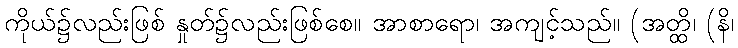
ကိုယ်၌လည်းဖြစ် နှုတ်၌လည်းဖြစ်စေ။ အာစာရော၊ အကျင့်သည်။ (အတ္ထိ၊ (နိ၊